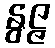
နွဇ္ဇ